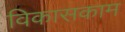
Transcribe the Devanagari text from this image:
विकासकाम